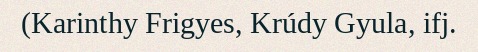
(Karinthy Frigyes, Krúdy Gyula, ifj.